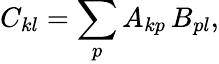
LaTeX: C_{kl}=\sum_{p}A_{kp}\, B_{pl},